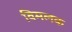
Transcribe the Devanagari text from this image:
विमलक